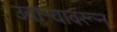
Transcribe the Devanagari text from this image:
उताऱ्यावरून